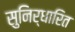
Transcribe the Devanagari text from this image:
सुनिर्धारित